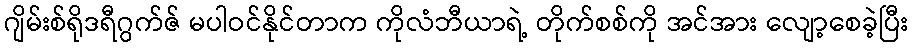
ဂျိမ်းစ်ရိုဒရီဂွက်ဇ် မပါဝင်နိုင်တာက ကိုလံဘီယာရဲ့ တိုက်စစ်ကို အင်အား လျော့စေခဲ့ပြီး